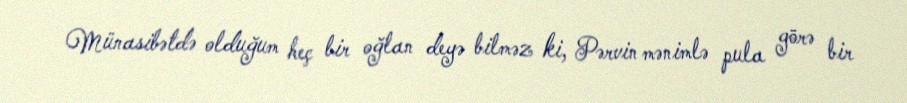
Münasibətdə olduğum heç bir oğlan deyə bilməz ki, Pərvin mənimlə pula görə bir